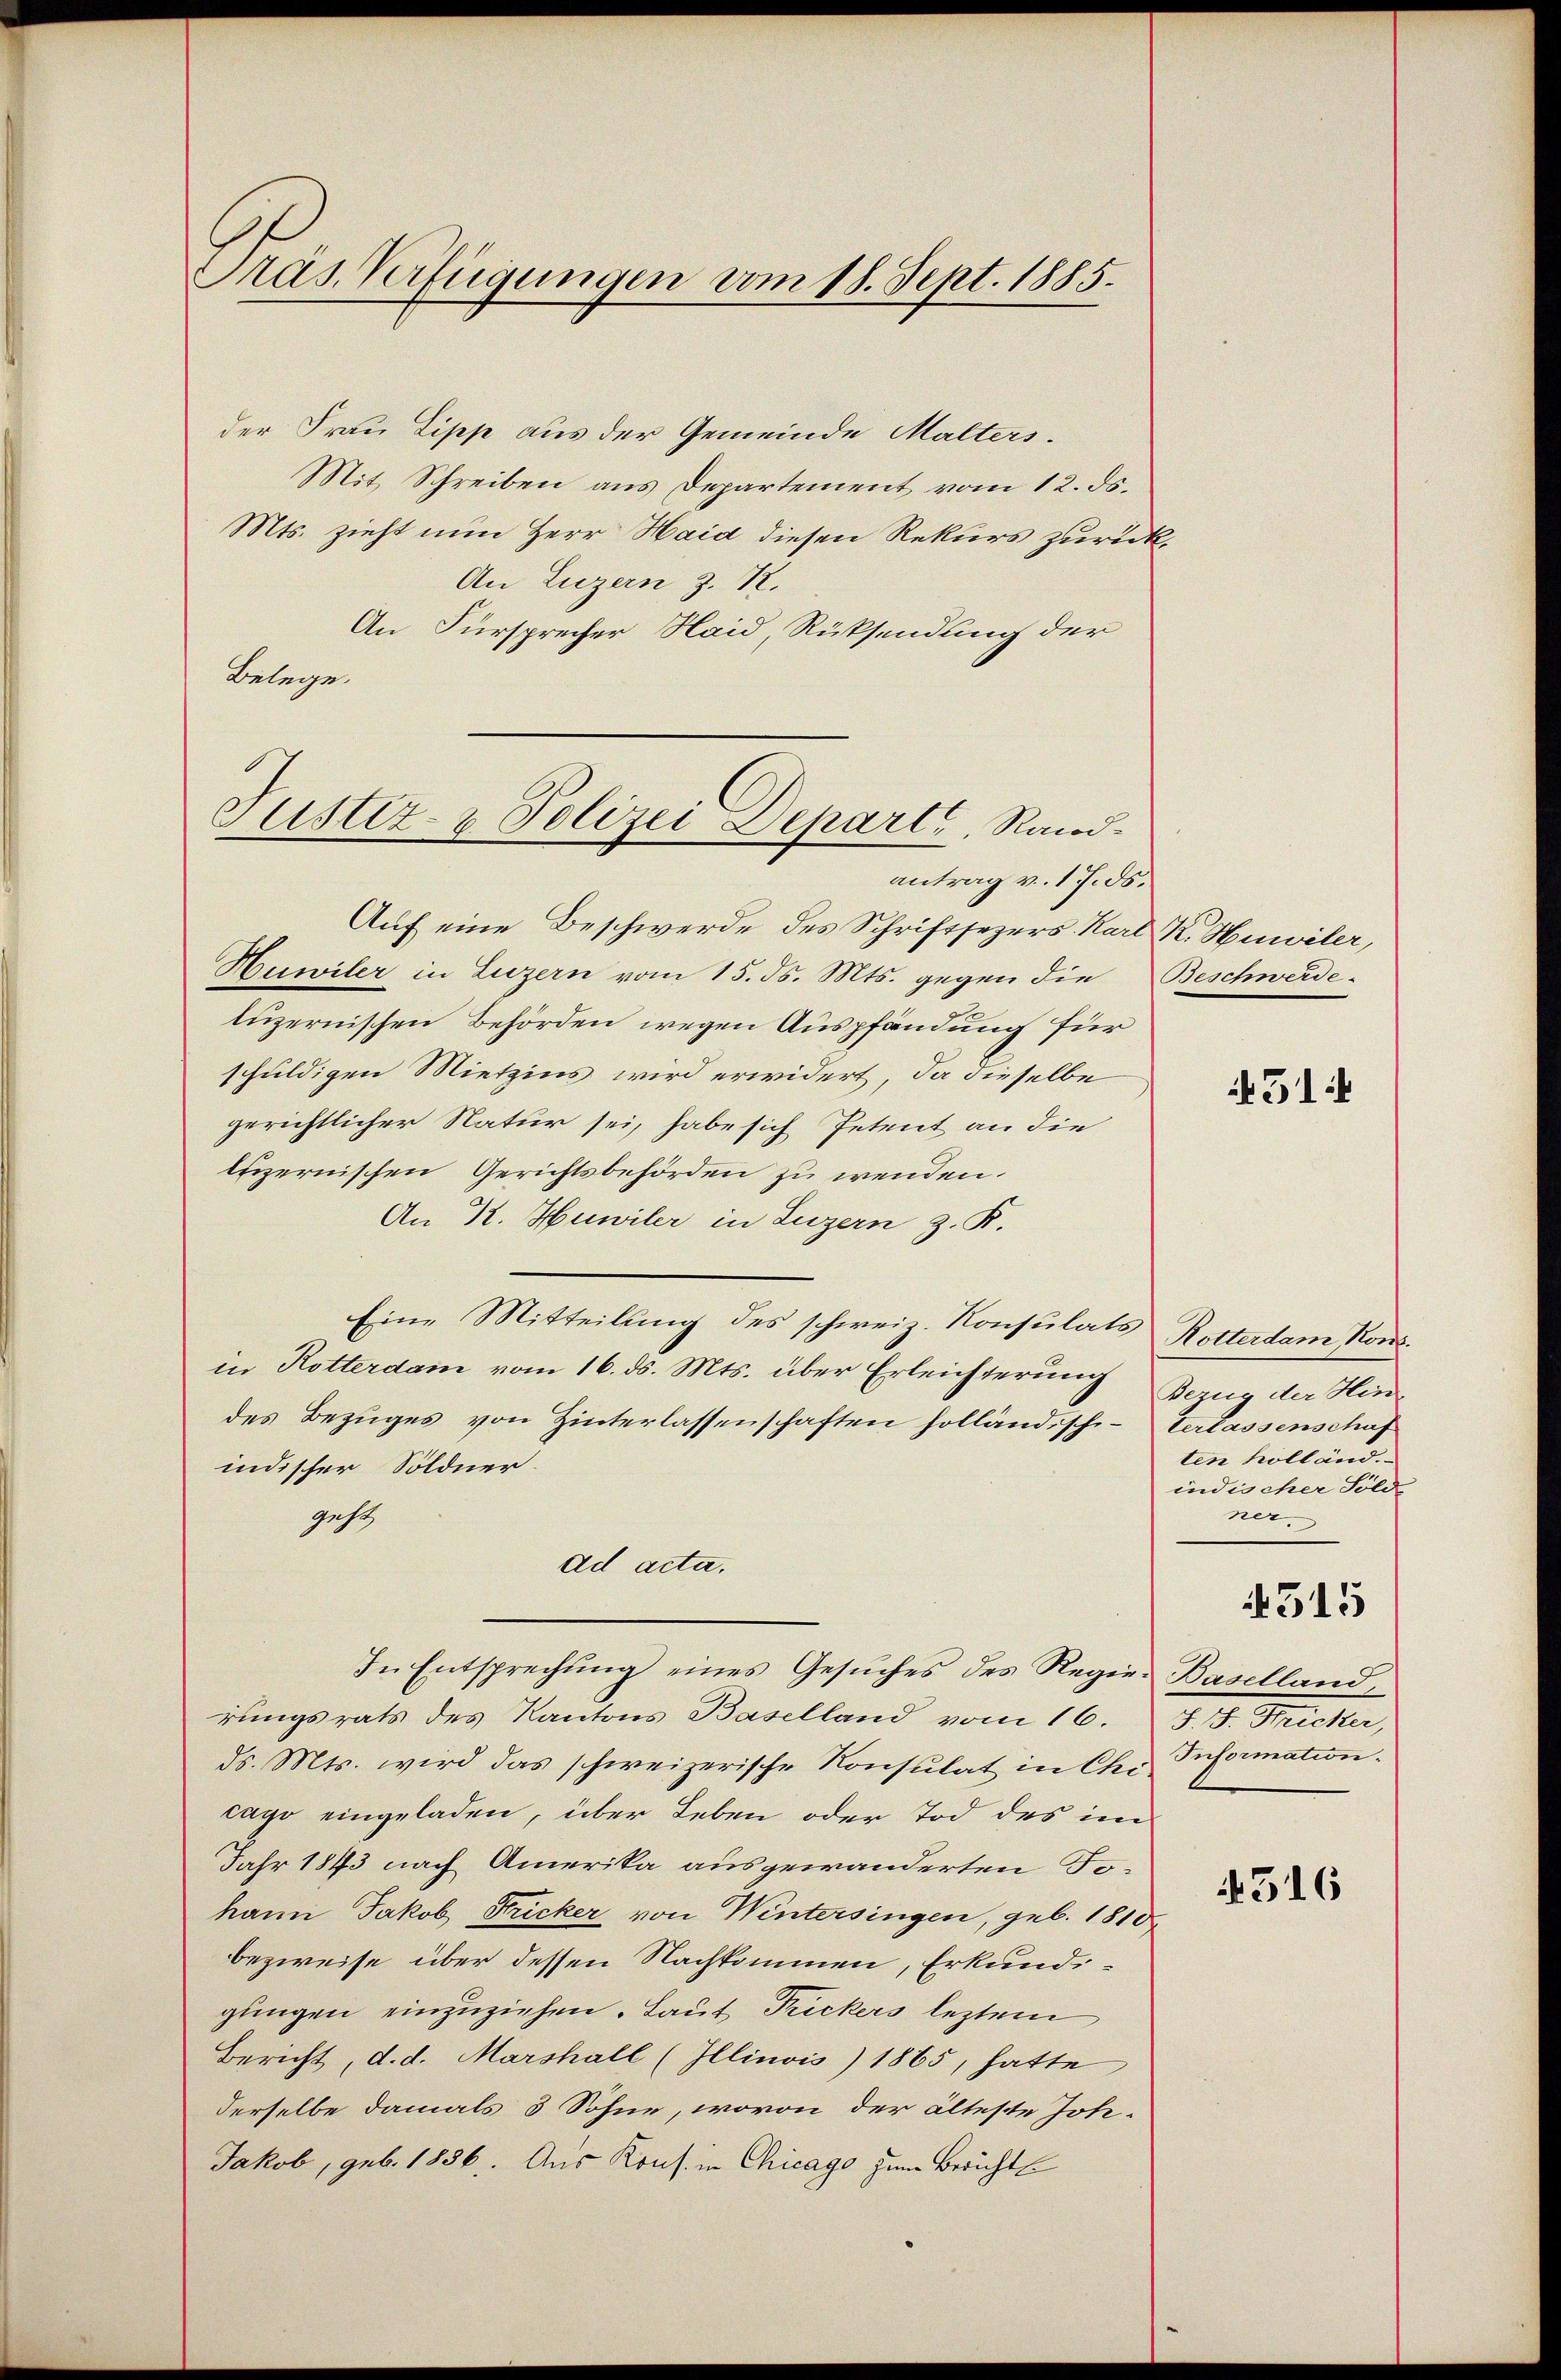
Präs. Verfügungen vom 18. Sept. 1885.

der Frau Lipp aus der Gemeinde Malters.
Mit Schreiben aus Departement vom 12. ds.
Mts. zieht nun Herr Haid diesen Rekurs zurück,
An Luzern z. R.
An Fürsprecher Haid, Rücksendung der
Belege.

Justiz- & Polizei Departe, Rand¬

Auf eine Beschwerde des Schriftsezers Karl K. Huwiler,
Huwiler in Luzern vom 15. ds. Mts. gegen die Beschwerde-
luzernischen Behörden wegen Auspfändung für
schuldigen Mietzins wird erwidert, da dieselbe
gerichtlicher Natur sei, habe sich Petent an die
luzernischen Gerichtsbehörden zu wenden.
An K. Huwiler in Luzern z. R.
Eine Mitteilung des schweiz. Konsulats
in Rotterdam vom 16. ds. Mts. über Erleichterung
des Bezuges von Hinterlassenschaften holland, schi- Verlassenschaf
indischer Söldner.
geh
ad acta.
In Entsprechŭng eines Gesŭches des Regie-Baselland
rungsrats des Kantons Baselland vom 16. J. J. Stricker,
ds. Mts. wird das schweizerische Konsulat in Chi Information.
cago eingeladen, über Leben oder Tod des im
Jahr 1873 nach Amerika ausgewanderten Tohann Jakob Fricker von Wintersingen, geb. 1810
bezweise über dessen Nachkommen, Erkundigungen einzuziehen. Laut Trickers leztem
Bericht, d. d. Marshall (Illinois) 1865, hatte
derselbe damals 3 Söhne, wovon der älteste Joh.
Jakob, geb. 1856. Aus Kons. in Chicago zum Bericht

antrag v. 17. ds.

514

Rotterdam Kons.
Bezug der Hinten Kolland.
indischer Sölde
ner.
515

316